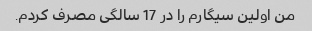
من اولین سیگارم را در 17 سالگی مصرف کردم.